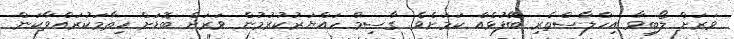
ވަރަށް ލޯބިވާ އިހްލާސްތެރި ބޭފުޅެއް ކަމަށެވެ. ގާސިމް ހައްޔަރުކުރުމުން ވަރަށް ބޮޑަށް ހިތާމަކުރައްވާކަން